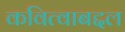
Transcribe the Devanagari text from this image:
कवित्वाबद्दल